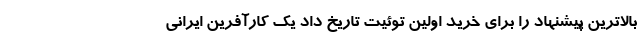
بالاترین پیشنهاد را برای خرید اولین توئیت تاریخ داد یک کارآفرین ایرانی